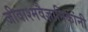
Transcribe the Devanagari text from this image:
जीवाश्मवैज्ञानिकांनी